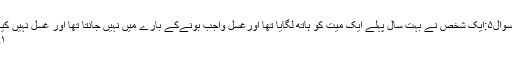
سوال۵:ایک شخص نے بہت سال پہلے ایک میت کو ہاتھ لگایا تھا اورغسل واجب ہونےکے بارے میں نہیں جانتا تھا اور غسل نہیں کیا
۱۔